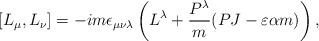
LaTeX: \begin{align*}[L_{\mu},L_{\nu}]=-im\epsilon_{\mu\nu\lambda}\left(L^{\lambda}+\frac{P^{\lambda}}{m}(PJ-\varepsilon \alpha m)\right),\end{align*}